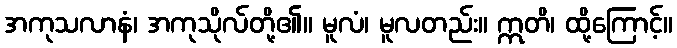
အကုသလာနံ၊ အကုသိုလ်တို့၏။ မူလံ၊ မူလတည်း။ ဣတိ၊ ထို့ကြောင့်။